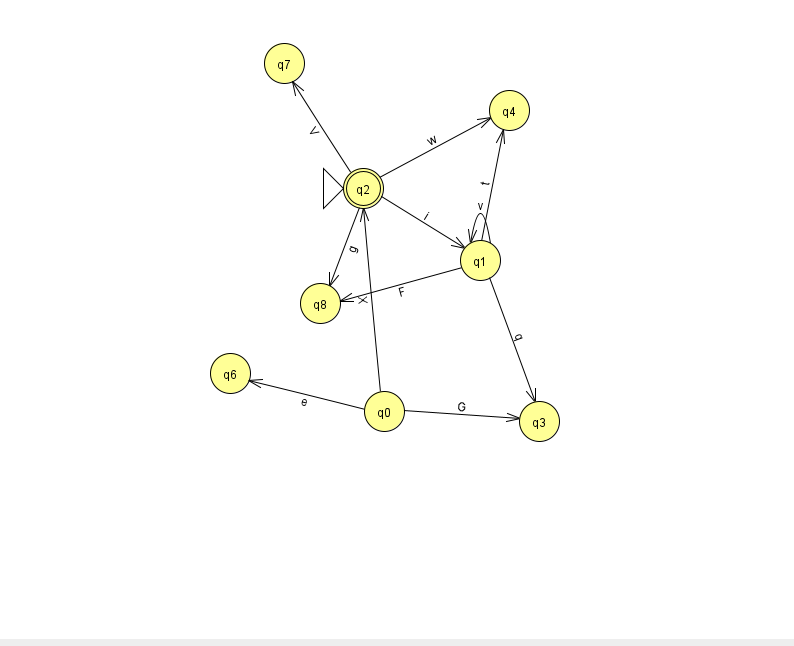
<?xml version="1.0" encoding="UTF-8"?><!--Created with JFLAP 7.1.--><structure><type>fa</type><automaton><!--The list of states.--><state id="0" name="q0"><x>384.0</x><y>398.0</y></state><state id="1" name="q1"><x>480.0</x><y>247.0</y></state><state id="2" name="q2"><x>363.0</x><y>175.0</y><initial/><final/></state><state id="3" name="q3"><x>539.0</x><y>408.0</y></state><state id="4" name="q4"><x>509.0</x><y>97.0</y></state><state id="6" name="q6"><x>230.0</x><y>360.0</y></state><state id="7" name="q7"><x>284.0</x><y>50.0</y></state><state id="8" name="q8"><x>320.0</x><y>290.0</y></state><!--The list of transitions.--><transition><from>2</from><to>1</to><read>i</read></transition><transition><from>1</from><to>4</to><read>t</read></transition><transition><from>1</from><to>8</to><read>F</read></transition><transition><from>2</from><to>7</to><read>V</read></transition><transition><from>0</from><to>2</to><read>X</read></transition><transition><from>1</from><to>1</to><read>v</read></transition><transition><from>0</from><to>6</to><read>e</read></transition><transition><from>0</from><to>3</to><read>G</read></transition><transition><from>2</from><to>4</to><read>w</read></transition><transition><from>1</from><to>3</to><read>q</read></transition><transition><from>2</from><to>8</to><read>g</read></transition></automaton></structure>